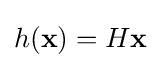
h(\mathbf {x} )=H\mathbf {x}